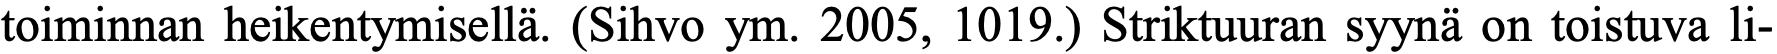
toiminnan heikentymisellä. (Sihvo ym. 2005, 1019.) Striktuuran syynä on toistuva li-